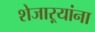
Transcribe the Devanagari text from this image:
शेजाऱ्यांना